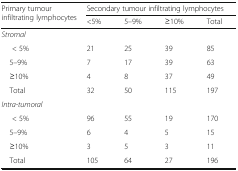
| <ROWSPAN=2> Primary tumour infiltrating lymphocytes | <COLSPAN=4> Secondary tumour infiltrating lymphocytes |
 | <5% | 5–9% | ≥10% | Total |
 | --- | --- | --- | --- | --- |
 | <COLSPAN=5> Stromal |
 | < 5% | 21 | 25 | 39 | 85 |
 | 5–9% | 7 | 17 | 39 | 63 |
 | ≥10% | 4 | 8 | 37 | 49 |
 | Total | 32 | 50 | 115 | 197 |
 | <COLSPAN=5> Intra-tumoral |
 | < 5% | 96 | 55 | 19 | 170 |
 | 5–9% | 6 | 4 | 5 | 15 |
 | ≥10% | 3 | 5 | 3 | 11 |
 | Total | 105 | 64 | 27 | 196 |